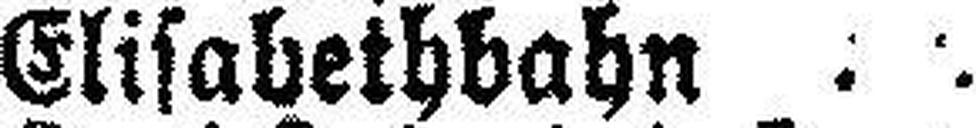
Elisabethbahn